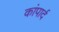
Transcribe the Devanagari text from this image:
कांपार्द